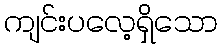
ကျင်းပလေ့ရှိသော